Annual administration report of the Civil Veterinary Department of India - 1897-1898
Year: 1897
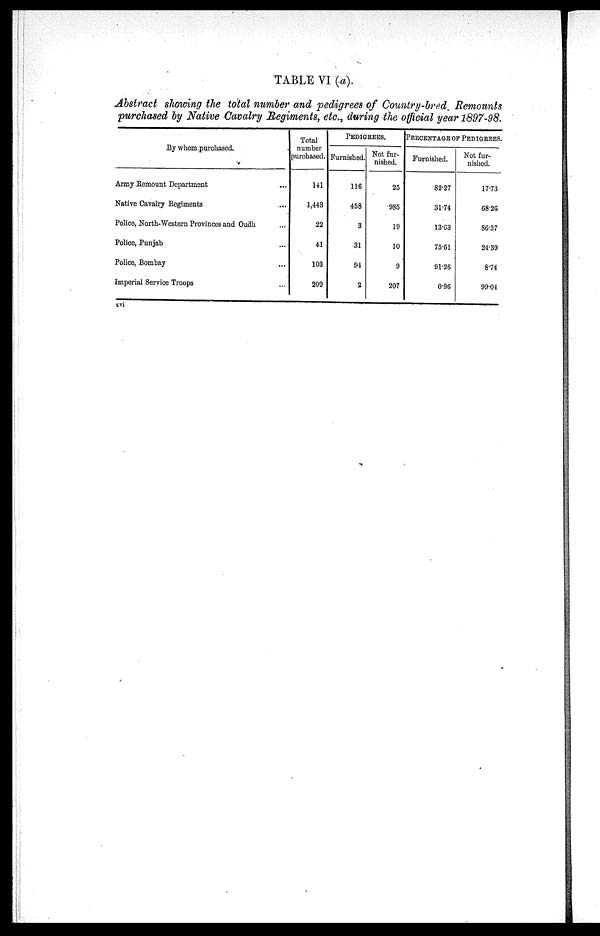
TABLE VI (a).
Abstract showing the total number and pedigrees of Country-bred. Remounts
purchased by Native Cavalry Regiments, etc., during the official year 1897-98.
By whom purchased.
Army Remount Department...
Native Cavalry Regiments...
Police, North-Western Provinces and Oudh...
Police, Punjab...
Police, Bombay...
Imperial Service Troops...
Total
number
purchased.
141
1,443
22
41
103
209
PEDIGREES.
Furnished.
116
458
3
31
94
2
Not fur-
nished.
25
985
19
10
9
207
PERCENTAGE OF PEDIGREES.
Furnished.
82.27
31.74
13.63
75.61
91.26
0.96
Not fur-
nished.
17.73
68.26
86.37
24.39
8.74
99.04
xvi